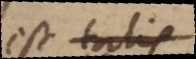
est status